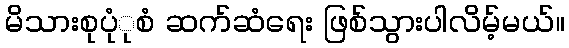
မိသားစုပုံုစံ ဆက်ဆံရေး ဖြစ်သွားပါလိမ့်မယ်။